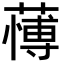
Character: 𮑺